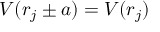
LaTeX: V ( r _ { j } \pm a ) = V ( r _ { j } )